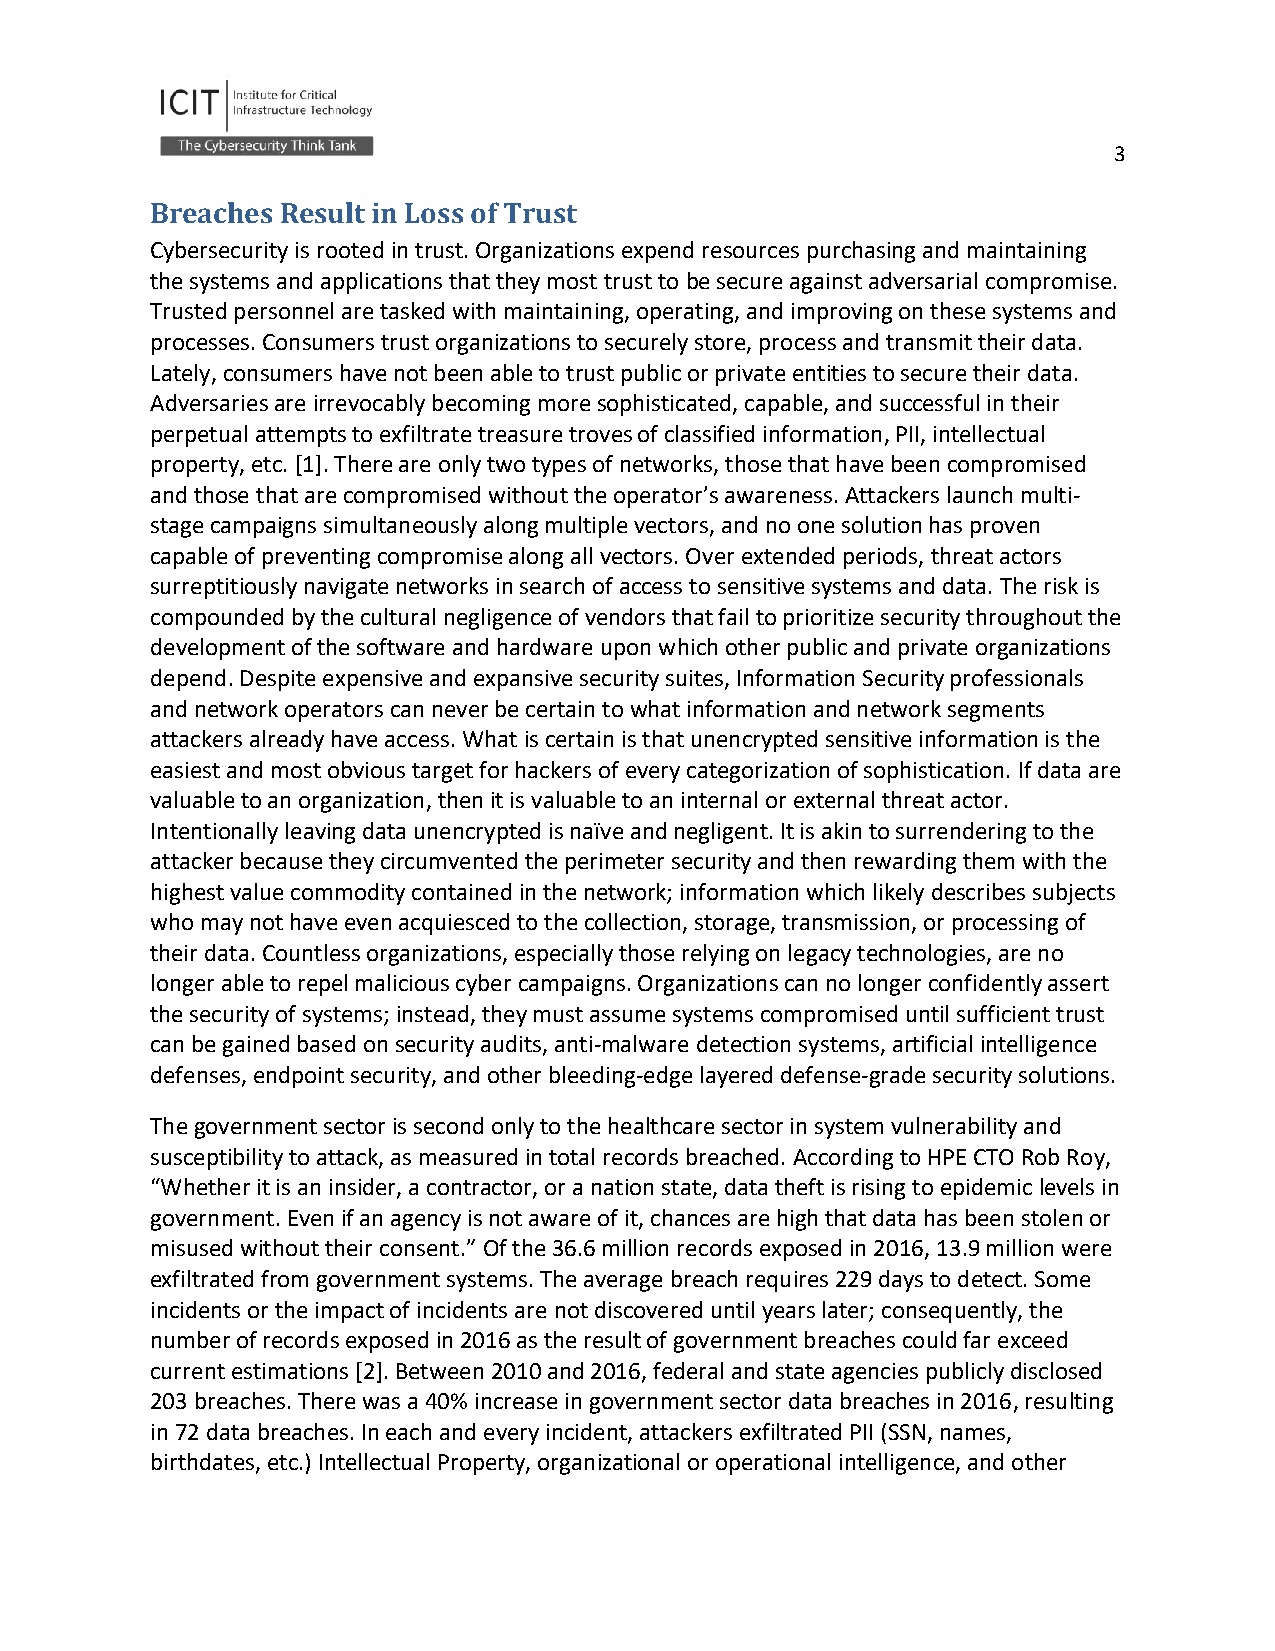
3
 Breaches Result in Loss of Trust
 Cybersecurity is rooted in trust. Organizations expend resources purchasing and maintaining
 the systems and applications that they most trust to be secure against adversarial compromise.
 Trusted personnel are tasked with maintaining, operating, and improving on these systems and
 processes. Consumers trust organizations to securely store, process and transmit their data.
 Lately, consumers have not been able to trust public or private entities to secure their data.
 Adversaries are irrevocably becoming more sophisticated, capable, and successful in their
 perpetual attempts to exfiltrate treasure troves of classified information, PII, intellectual
 property, etc. [1]. There are only two types of networks, those that have been compromised
 and those that are compromised without the operator’s awareness. Attackers launch multi-
 stage campaigns simultaneously along multiple vectors, and no one solution has proven
 capable of preventing compromise along all vectors. Over extended periods, threat actors
 surreptitiously navigate networks in search of access to sensitive systems and data. The risk is
 compounded by the cultural negligence of vendors that fail to prioritize security throughout the
 development of the software and hardware upon which other public and private organizations
 depend. Despite expensive and expansive security suites, Information Security professionals
 and network operators can never be certain to what information and network segments
 attackers already have access. What is certain is that unencrypted sensitive information is the
 easiest and most obvious target for hackers of every categorization of sophistication. If data are
 valuable to an organization, then it is valuable to an internal or external threat actor.
 Intentionally leaving data unencrypted is naïve and negligent. It is akin to surrendering to the
 attacker because they circumvented the perimeter security and then rewarding them with the
 highest value commodity contained in the network; information which likely describes subjects
 who may not have even acquiesced to the collection, storage, transmission, or processing of
 their data. Countless organizations, especially those relying on legacy technologies, are no
 longer able to repel malicious cyber campaigns. Organizations can no longer confidently assert
 the security of systems; instead, they must assume systems compromised until sufficient trust
 can be gained based on security audits, anti-malware detection systems, artificial intelligence
 defenses, endpoint security, and other bleeding-edge layered defense-grade security solutions.
 The government sector is second only to the healthcare sector in system vulnerability and
 susceptibility to attack, as measured in total records breached. According to HPE CTO Rob Roy,
 “Whether it is an insider, a contractor, or a nation state, data theft is rising to epidemic levels in
 government. Even if an agency is not aware of it, chances are high that data has been stolen or
 misused without their consent.” Of the 36.6 million records exposed in 2016, 13.9 million were
 exfiltrated from government systems. The average breach requires 229 days to detect. Some
 incidents or the impact of incidents are not discovered until years later; consequently, the
 number of records exposed in 2016 as the result of government breaches could far exceed
 current estimations [2]. Between 2010 and 2016, federal and state agencies publicly disclosed
 203 breaches. There was a 40% increase in government sector data breaches in 2016, resulting
 in 72 data breaches. In each and every incident, attackers exfiltrated PII (SSN, names,
 birthdates, etc.) Intellectual Property, organizational or operational intelligence, and other